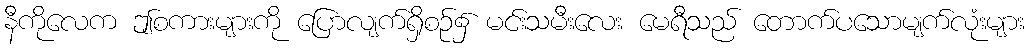
နီကိုလေက ဤစကားများကို ပြောလျက်ရှိစဉ်၌ မင်းသမီးလေး မေရီသည် တောက်ပသောမျက်လုံးများ